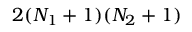
2 ( N _ { 1 } + 1 ) ( N _ { 2 } + 1 )